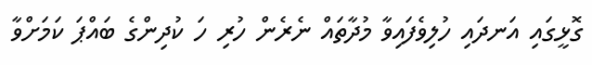
ގޮޅީގައި އަނދައި ހުލިވެފައިވާ މުދާތައް ނެރެން ހުރި ހަ ކުދިންގެ ބައްޕަ ކަމަށްވާ